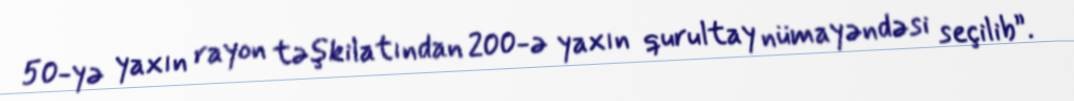
50-yə yaxın rayon təşkilatından 200-ə yaxın qurultay nümayəndəsi seçilib”.